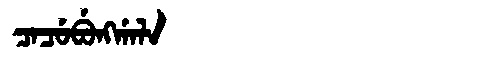
Manchu: ᠴᠠᠴᡠᠪᡠᠩᡤᠠᠯᠠ
Romanization: CACUBUNGGALA